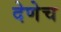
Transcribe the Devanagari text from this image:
देणेच